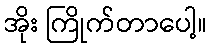
အိုး ကြိုက်တာပေါ့။